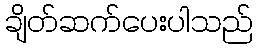
ချိတ်ဆက်ပေးပါသည်